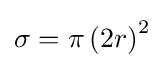
\sigma =\pi \left(2r\right)^{2}